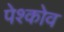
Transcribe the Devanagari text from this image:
पेश्कोव